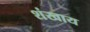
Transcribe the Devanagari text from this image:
शंखाय